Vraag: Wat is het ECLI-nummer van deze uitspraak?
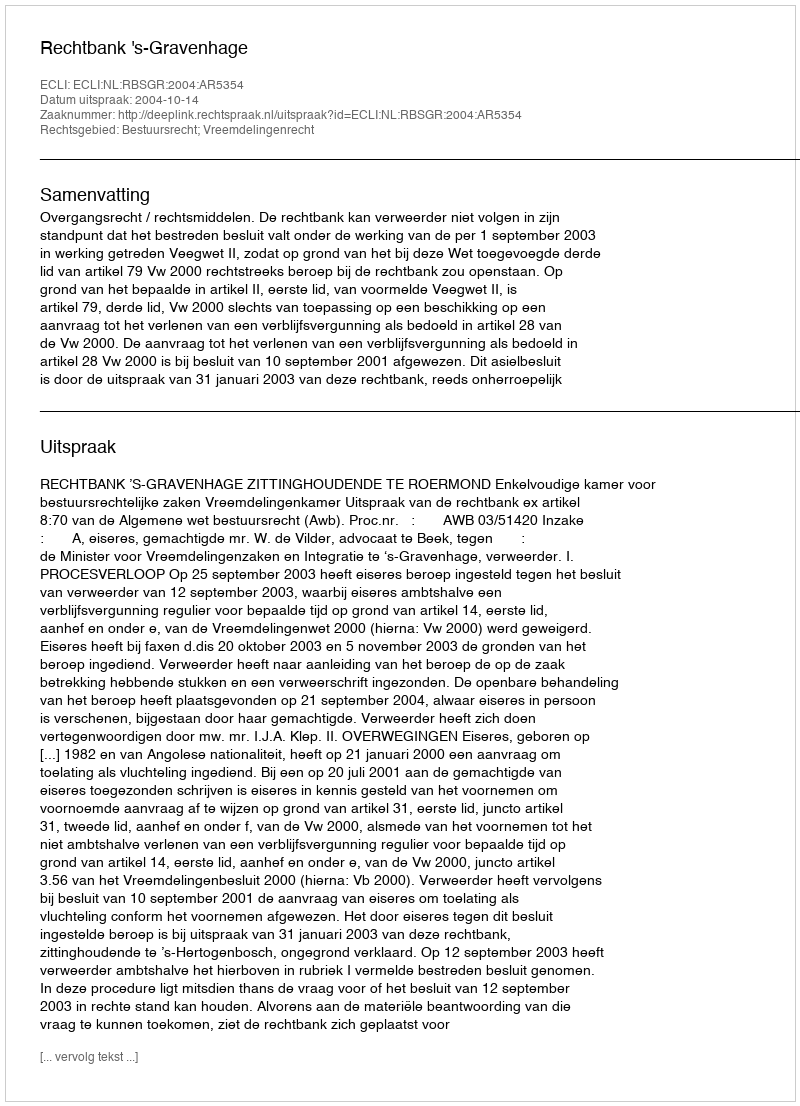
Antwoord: ECLI:NL:RBSGR:2004:AR5354